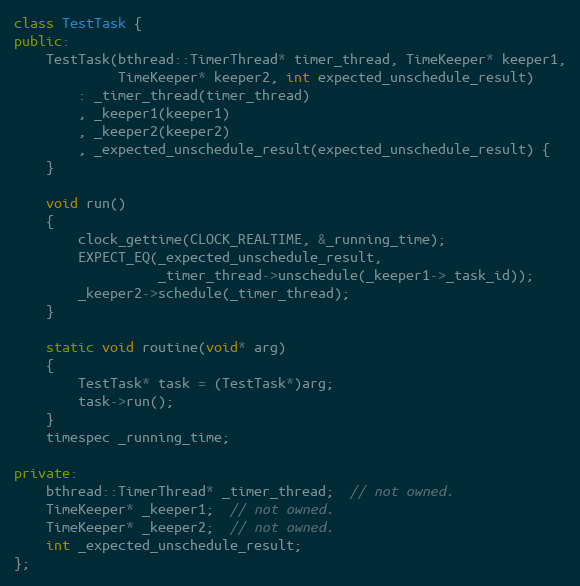
Language: C++
class TestTask {
public:
    TestTask(bthread::TimerThread* timer_thread, TimeKeeper* keeper1,
             TimeKeeper* keeper2, int expected_unschedule_result)
        : _timer_thread(timer_thread)
        , _keeper1(keeper1)
        , _keeper2(keeper2)
        , _expected_unschedule_result(expected_unschedule_result) {
    }

    void run()
    {
        clock_gettime(CLOCK_REALTIME, &_running_time);
        EXPECT_EQ(_expected_unschedule_result,
                  _timer_thread->unschedule(_keeper1->_task_id));
        _keeper2->schedule(_timer_thread);
    }

    static void routine(void* arg)
    {
        TestTask* task = (TestTask*)arg;
        task->run();
    }
    timespec _running_time;

private:
    bthread::TimerThread* _timer_thread;  // not owned.
    TimeKeeper* _keeper1;  // not owned.
    TimeKeeper* _keeper2;  // not owned.
    int _expected_unschedule_result;
};